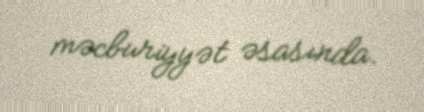
məcburiyyət əsasında.